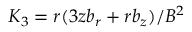
K _ { 3 } = r ( 3 z b _ { r } + r b _ { z } ) / B ^ { 2 }